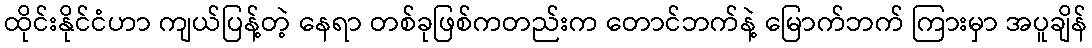
ထိုင်းနိုင်ငံဟာ ကျယ်ပြန့်တဲ့ နေရာ တစ်ခုဖြစ်ကတည်းက တောင်ဘက်နဲ့ မြောက်ဘက် ကြားမှာ အပူချိန်